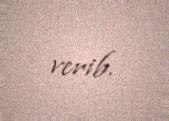
verib.